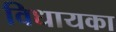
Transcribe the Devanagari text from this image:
विधायका